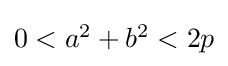
{\textstyle 0<a^{2}+b^{2}<2p}